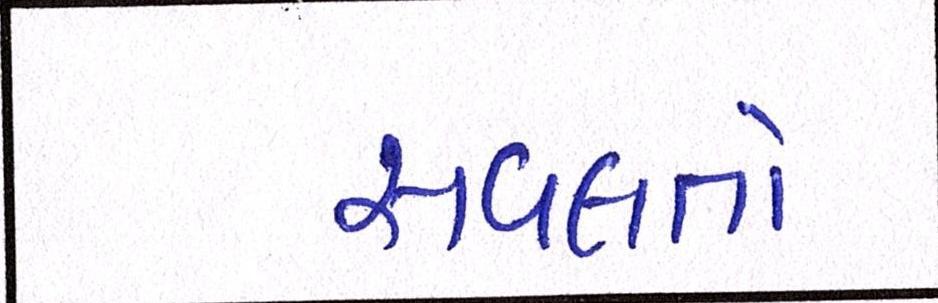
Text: સવલતો